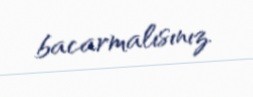
bacarmalısınız.